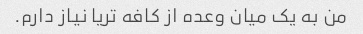
من به یک میان وعده از کافه تریا نیاز دارم.